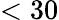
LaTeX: <30